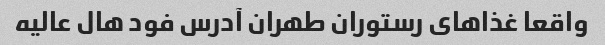
واقعا غذاهای رستوران طهران آدرس فود هال عالیه